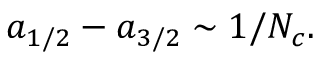
a _ { 1 / 2 } - a _ { 3 / 2 } \sim 1 / N _ { c } .